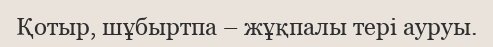
Қотыр, шұбыртпа – жұқпалы тері ауруы.